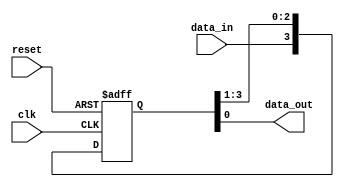
module shift_register(
    input wire clk,
    input wire reset,
    input wire data_in,
    output reg data_out
);

reg [3:0] reg_data; // 4-bit shift register

always @(posedge clk or posedge reset) begin
    if (reset) begin
        reg_data <= 4'b0000; // Reset the register to all zeros
    end else begin
        reg_data <= {data_in, reg_data[3:1]}; // Shift data_in into the first flip-flop
    end
end

assign data_out = reg_data[0]; // Output the data from the last flip-flop

endmodule